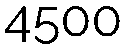
4500